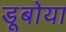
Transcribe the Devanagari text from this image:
डूबोया